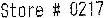
STORE # 0217